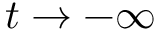
t \rightarrow - \infty